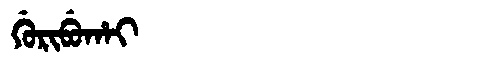
Manchu: ᡤᡠᡵᡳᠪᡠᡥᠠᡳ
Romanization: GURIBUHAI